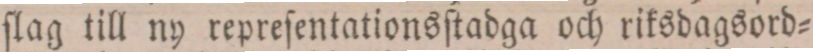
ſlag till ny repreſentationsſtadga och riksdagsord=